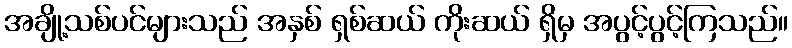
အချို့သစ်ပင်များသည် အနှစ် ရှစ်ဆယ် ကိုးဆယ် ရှိမှ အပွင့်ပွင့်ကြသည်။